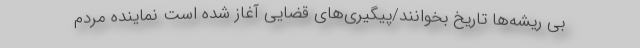
بی ریشه‌ها تاریخ بخوانند/پیگیری‌های قضایی آغاز شده است نماینده مردم